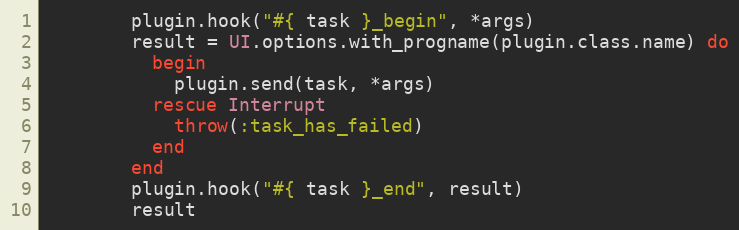
Language: Ruby
        plugin.hook("#{ task }_begin", *args)
        result = UI.options.with_progname(plugin.class.name) do
          begin
            plugin.send(task, *args)
          rescue Interrupt
            throw(:task_has_failed)
          end
        end
        plugin.hook("#{ task }_end", result)
        result